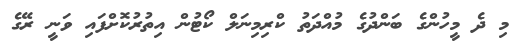
މި ދެ މީހުންގެ ބަންދުގެ މުއްދަތު ކްރިމިނަލް ކޯޓުން އިތުރުކޮށްފައި ވަނީ ރޭގެ